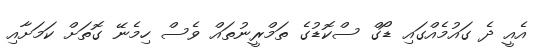
އެއީ ދެ ގައުމެއްގައި ޑޯގް ސްކޮޑުގެ ތަމްރީނުތައް ވެސް ހިމެނޭ ގޮތަށް ކަމަށާއި